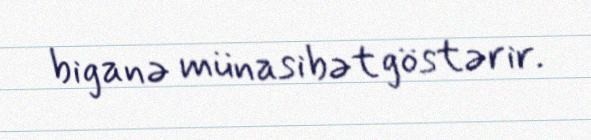
biganə münasibət göstərir.